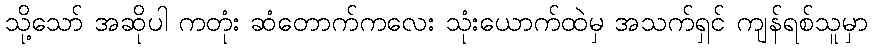
သို့သော် အဆိုပါ ကတုံး ဆံတောက်ကလေး သုံးယောက်ထဲမှ အသက်ရှင် ကျန်ရစ်သူမှာ